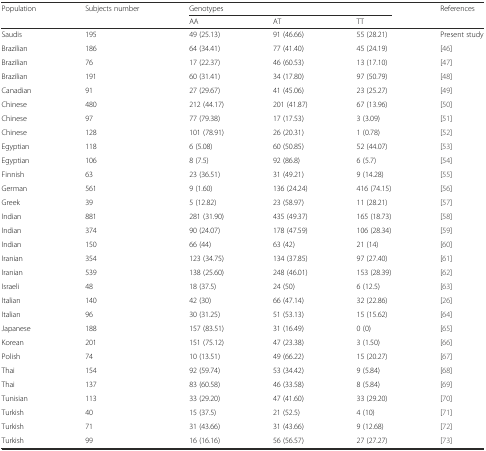
<table><thead><tr><td rowspan="2"><b>Population</b></td><td rowspan="2"><b>Subjects number</b></td><td colspan="3"><b>Genotypes</b></td><td><b>References</b></td></tr><tr><td><b>AA</b></td><td><b>AT</b></td><td><b>TT</b></td><td></td></tr></thead><tbody><tr><td>Saudis</td><td>195</td><td>49 (25.13)</td><td>91 (46.66)</td><td>55 (28.21)</td><td>Present study</td></tr><tr><td>Brazilian</td><td>186</td><td>64 (34.41)</td><td>77 (41.40)</td><td>45 (24.19)</td><td>[46]</td></tr><tr><td>Brazilian</td><td>76</td><td>17 (22.37)</td><td>46 (60.53)</td><td>13 (17.10)</td><td>[47]</td></tr><tr><td>Brazilian</td><td>191</td><td>60 (31.41)</td><td>34 (17.80)</td><td>97 (50.79)</td><td>[48]</td></tr><tr><td>Canadian</td><td>91</td><td>27 (29.67)</td><td>41 (45.06)</td><td>23 (25.27)</td><td>[49]</td></tr><tr><td>Chinese</td><td>480</td><td>212 (44.17)</td><td>201 (41.87)</td><td>67 (13.96)</td><td>[50]</td></tr><tr><td>Chinese</td><td>97</td><td>77 (79.38)</td><td>17 (17.53)</td><td>3 (3.09)</td><td>[51]</td></tr><tr><td>Chinese</td><td>128</td><td>101 (78.91)</td><td>26 (20.31)</td><td>1 (0.78)</td><td>[52]</td></tr><tr><td>Egyptian</td><td>118</td><td>6 (5.08)</td><td>60 (50.85)</td><td>52 (44.07)</td><td>[53]</td></tr><tr><td>Egyptian</td><td>106</td><td>8 (7.5)</td><td>92 (86.8)</td><td>6 (5.7)</td><td>[54]</td></tr><tr><td>Finnish</td><td>63</td><td>23 (36.51)</td><td>31 (49.21)</td><td>9 (14.28)</td><td>[55]</td></tr><tr><td>German</td><td>561</td><td>9 (1.60)</td><td>136 (24.24)</td><td>416 (74.15)</td><td>[56]</td></tr><tr><td>Greek</td><td>39</td><td>5 (12.82)</td><td>23 (58.97)</td><td>11 (28.21)</td><td>[57]</td></tr><tr><td>Indian</td><td>881</td><td>281 (31.90)</td><td>435 (49.37)</td><td>165 (18.73)</td><td>[58]</td></tr><tr><td>Indian</td><td>374</td><td>90 (24.07)</td><td>178 (47.59)</td><td>106 (28.34)</td><td>[59]</td></tr><tr><td>Indian</td><td>150</td><td>66 (44)</td><td>63 (42)</td><td>21 (14)</td><td>[60]</td></tr><tr><td>Iranian</td><td>354</td><td>123 (34.75)</td><td>134 (37.85)</td><td>97 (27.40)</td><td>[61]</td></tr><tr><td>Iranian</td><td>539</td><td>138 (25.60)</td><td>248 (46.01)</td><td>153 (28.39)</td><td>[62]</td></tr><tr><td>Israeli</td><td>48</td><td>18 (37.5)</td><td>24 (50)</td><td>6 (12.5)</td><td>[63]</td></tr><tr><td>Italian</td><td>140</td><td>42 (30)</td><td>66 (47.14)</td><td>32 (22.86)</td><td>[26]</td></tr><tr><td>Italian</td><td>96</td><td>30 (31.25)</td><td>51 (53.13)</td><td>15 (15.62)</td><td>[64]</td></tr><tr><td>Japanese</td><td>188</td><td>157 (83.51)</td><td>31 (16.49)</td><td>0 (0)</td><td>[65]</td></tr><tr><td>Korean</td><td>201</td><td>151 (75.12)</td><td>47 (23.38)</td><td>3 (1.50)</td><td>[66]</td></tr><tr><td>Polish</td><td>74</td><td>10 (13.51)</td><td>49 (66.22)</td><td>15 (20.27)</td><td>[67]</td></tr><tr><td>Thai</td><td>154</td><td>92 (59.74)</td><td>53 (34.42)</td><td>9 (5.84)</td><td>[68]</td></tr><tr><td>Thai</td><td>137</td><td>83 (60.58)</td><td>46 (33.58)</td><td>8 (5.84)</td><td>[69]</td></tr><tr><td>Tunisian</td><td>113</td><td>33 (29.20)</td><td>47 (41.60)</td><td>33 (29.20)</td><td>[70]</td></tr><tr><td>Turkish</td><td>40</td><td>15 (37.5)</td><td>21 (52.5)</td><td>4 (10)</td><td>[71]</td></tr><tr><td>Turkish</td><td>71</td><td>31 (43.66)</td><td>31 (43.66)</td><td>9 (12.68)</td><td>[72]</td></tr><tr><td>Turkish</td><td>99</td><td>16 (16.16)</td><td>56 (56.57)</td><td>27 (27.27)</td><td>[73]</td></tr></tbody></table>